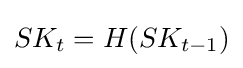
SK_{t}=H(SK_{t-1})